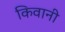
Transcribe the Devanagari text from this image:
किवानी